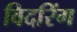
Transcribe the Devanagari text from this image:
विदरिंग